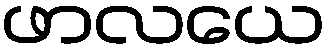
ဖာလယေ